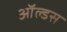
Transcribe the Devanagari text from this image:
ऑल्डस